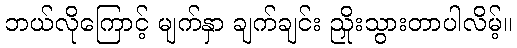
ဘယ်လိုကြောင့် မျက်နှာ ချက်ချင်း ညှိုးသွားတာပါလိမ့်။